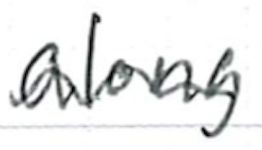
Text: along
Cross-out: wave
Writing tool: ballpoint